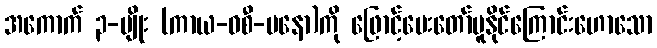
အကောက် ၃-မျိုး (ကာယ-ဝစီ-မနော)ကို ဖြောင့်ပေးတော်မူနိုင်ကြောင်းဟောသော